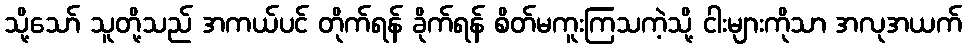
သို့သော် သူတို့သည် အကယ်ပင် တိုက်ရန် ခိုက်ရန် စိတ်မကူးကြသကဲ့သို့ ငါးများကိုသာ အလုအယက်